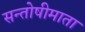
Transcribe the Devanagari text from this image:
सन्तोषीमाता